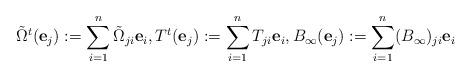
LaTeX: \begin{align*} \tilde{\Omega}^t({\bf e}_j):=\sum_{i=1}^n\tilde{\Omega}_{ji}{\bf e}_i, T^t({\bf e}_j):=\sum_{i=1}^nT_{ji}{\bf e}_i, B_{\infty}({\bf e}_j):=\sum_{i=1}^n(B_{\infty})_{ji}{\bf e}_i\end{align*}